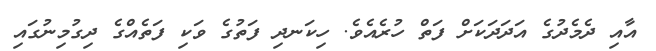
އާއި ދެމެދުގެ އަދަދަކަށް ފަތް ހުރެއެވެ. ހިކަނދި ފަތުގެ ވަކި ފަތެއްގެ ދިގުމިނުގައި